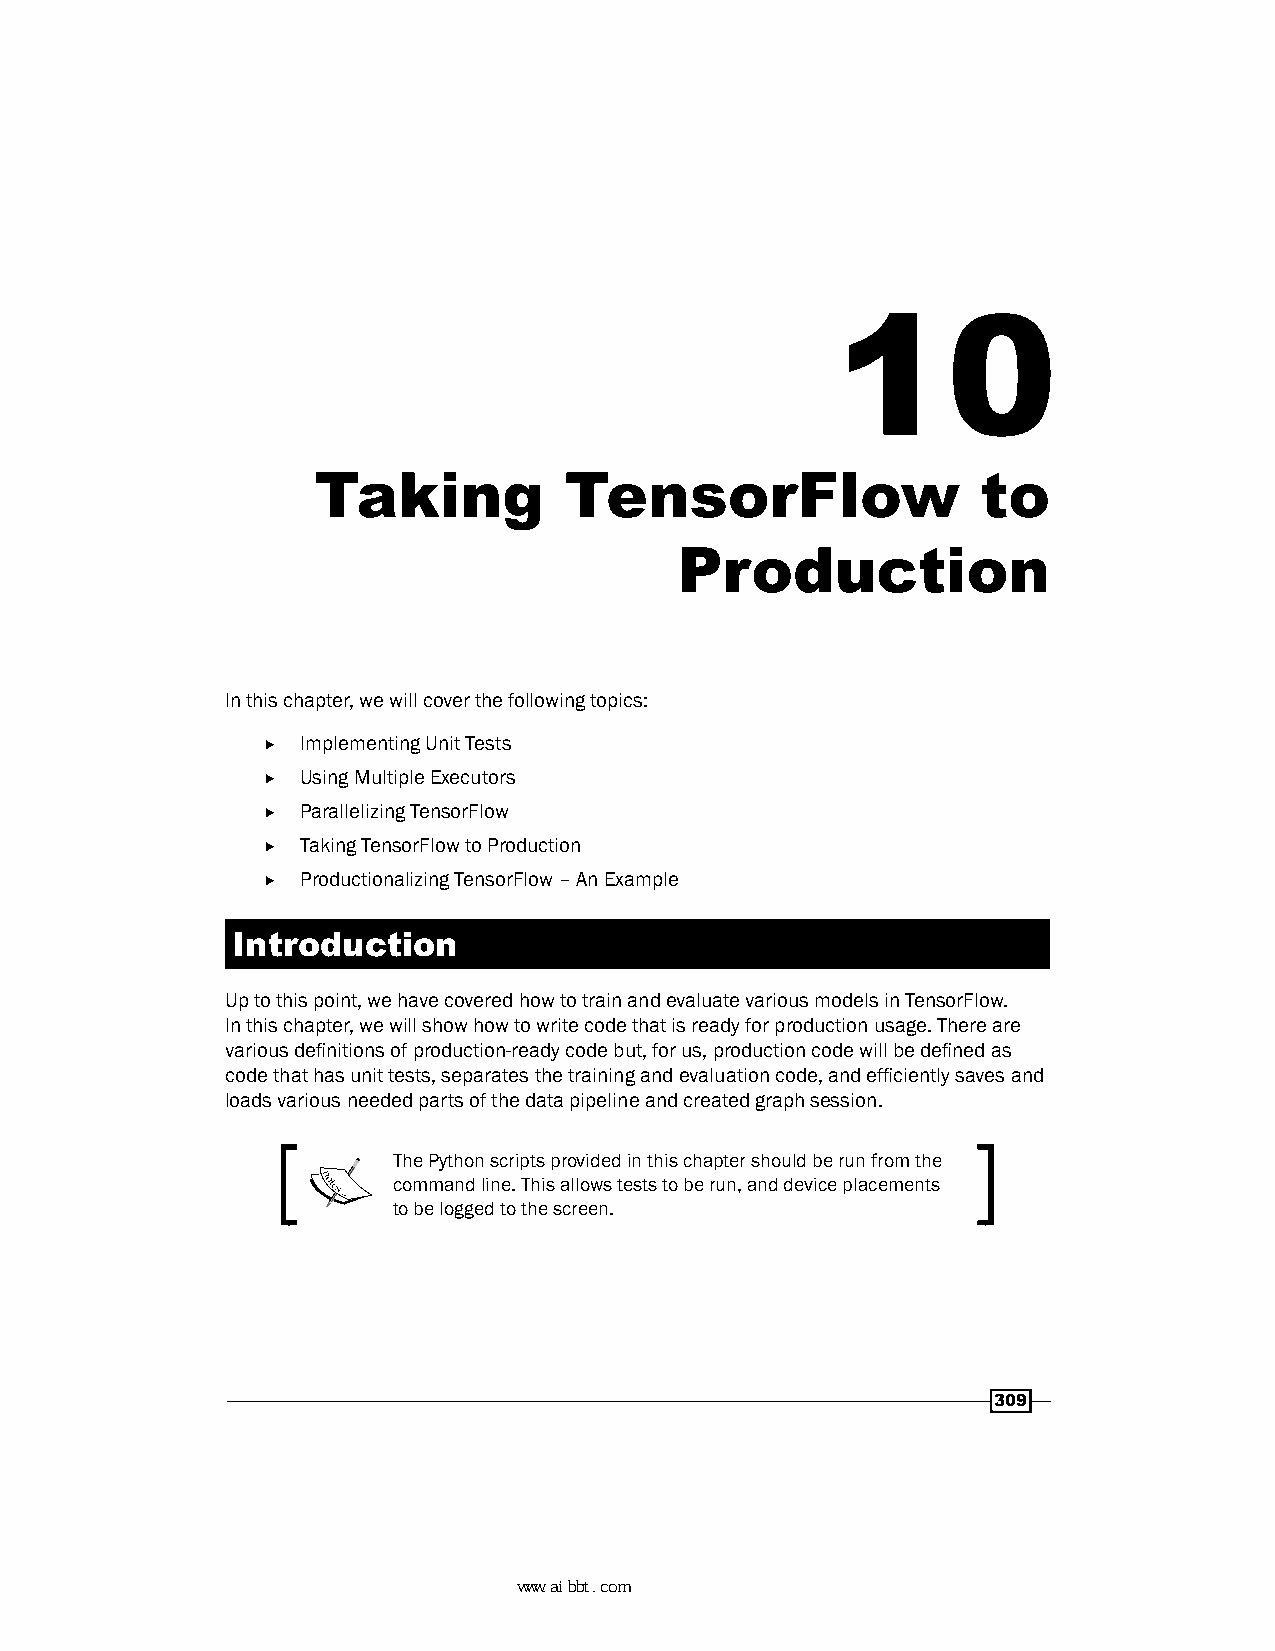
10
 Taking          TensorFlow                  to
 Production
 In this chapter, we will cover the following topics:
 f  Implementing Unit Tests
 f  Using Multiple Executors
 f  Parallelizing TensorFlow
 f  Taking TensorFlow to Production
 f  Productionalizing TensorFlow – An Example
 Introduction
 Up to this point, we have covered how to train and evaluate various models in TensorFlow.
 In this chapter, we will show how to write code that is ready for production usage. There are
 various definitions of production-ready code but, for us, production code will be defined as
 code that has unit tests, separates the training and evaluation code, and efficiently saves and
 loads various needed parts of the data pipeline and created graph session.
 The Python scripts provided in this chapter should be run from the
 command line. This allows tests to be run, and device placements
 to be logged to the screen.
 309
 www.aibbt.com 让未来触手可及